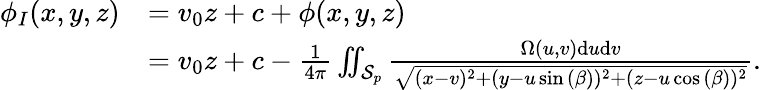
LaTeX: \begin{array}{rl}{\phi_{I}(x,y,z)}&{=v_{0}z+c+\phi(x,y,z)}\\ &{=v_{0}z+c-\frac{1}{4\pi}\iint_{\mathcal{S}_{p}}\frac{\Omega(u,v)\mathrm{d}u\mathrm{d}v}{\sqrt{(x-v)^{2}+(y-u\sin{(\beta)})^{2}+(z-u\cos{(\beta)})^{2}}}.}\end{array}